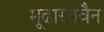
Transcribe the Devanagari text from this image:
मूढास्तेवैन